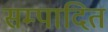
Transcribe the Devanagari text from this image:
सम्‍पादित